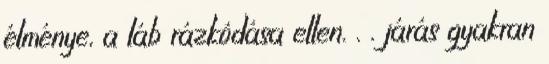
élménye, a láb rázkódása ellen. . . járás gyakran